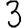
Digit: 3